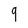
Character: 9